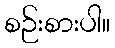
စဉ်းစားပါ။